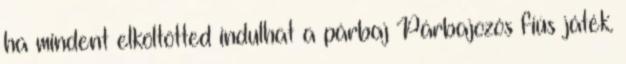
ha mindent elköltötted indulhat a párbaj Párbajozós fiús játék.